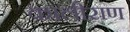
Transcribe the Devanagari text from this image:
कालीराण